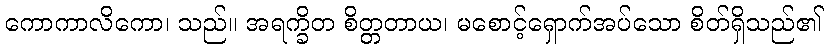
ကောကာလိကော၊ သည်။ အရက္ခိတ စိတ္တတာယ၊ မစောင့်ရှောက်အပ်သော စိတ်ရှိသည်၏